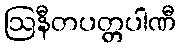
ဩနီတပတ္တပါဏီ